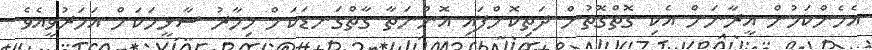
އެހެންކަމުން އީރާނަށް އެކި ގޮތްގޮތުން ދަތިކޮށްފައި އޮންނަތާ ގާތްގަނޑަކަށް މިހާރު ސާޅީހަކަށް އަހަރުވީއެވެ.